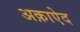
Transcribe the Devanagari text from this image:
अक़ाऐद